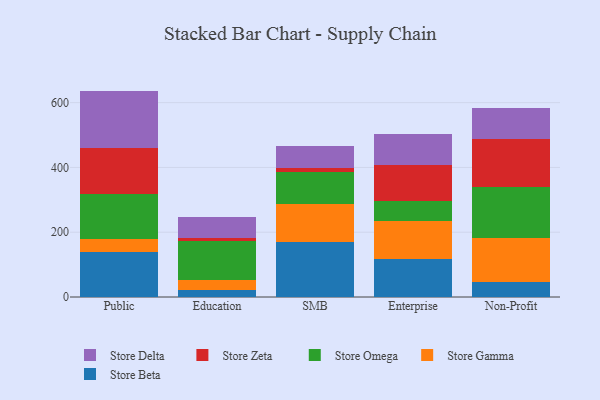
{"axis": {"x": "Segment", "y": "Active Users"}, "legend": ["Store Beta", "Store Delta", "Store Gamma", "Store Omega", "Store Zeta"], "data": [{"x": "Public", "y": 139.9, "type": "Store Beta"}, {"x": "Public", "y": 40.3, "type": "Store Gamma"}, {"x": "Public", "y": 138.1, "type": "Store Omega"}, {"x": "Public", "y": 142.6, "type": "Store Zeta"}, {"x": "Public", "y": 175.5, "type": "Store Delta"}, {"x": "Education", "y": 22.0, "type": "Store Beta"}, {"x": "Education", "y": 29.8, "type": "Store Gamma"}, {"x": "Education", "y": 119.9, "type": "Store Omega"}, {"x": "Education", "y": 9.6, "type": "Store Zeta"}, {"x": "Education", "y": 67.0, "type": "Store Delta"}, {"x": "SMB", "y": 170.9, "type": "Store Beta"}, {"x": "SMB", "y": 117.0, "type": "Store Gamma"}, {"x": "SMB", "y": 97.7, "type": "Store Omega"}, {"x": "SMB", "y": 13.3, "type": "Store Zeta"}, {"x": "SMB", "y": 67.2, "type": "Store Delta"}, {"x": "Enterprise", "y": 118.5, "type": "Store Beta"}, {"x": "Enterprise", "y": 115.7, "type": "Store Gamma"}, {"x": "Enterprise", "y": 63.6, "type": "Store Omega"}, {"x": "Enterprise", "y": 109.1, "type": "Store Zeta"}, {"x": "Enterprise", "y": 96.8, "type": "Store Delta"}, {"x": "Non-Profit", "y": 45.3, "type": "Store Beta"}, {"x": "Non-Profit", "y": 135.8, "type": "Store Gamma"}, {"x": "Non-Profit", "y": 159.1, "type": "Store Omega"}, {"x": "Non-Profit", "y": 148.2, "type": "Store Zeta"}, {"x": "Non-Profit", "y": 93.7, "type": "Store Delta"}]}